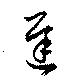
遲